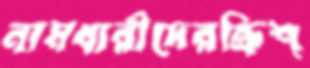
নামধারীদেরক্রিশ্